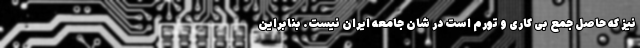
نیز که حاصل جمع بی کاری و تورم است در شان جامعه ایران نیست. بنابراین